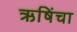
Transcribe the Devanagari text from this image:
ऋषिंचा